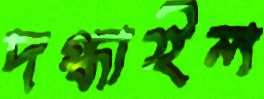
দগ্ধাইল